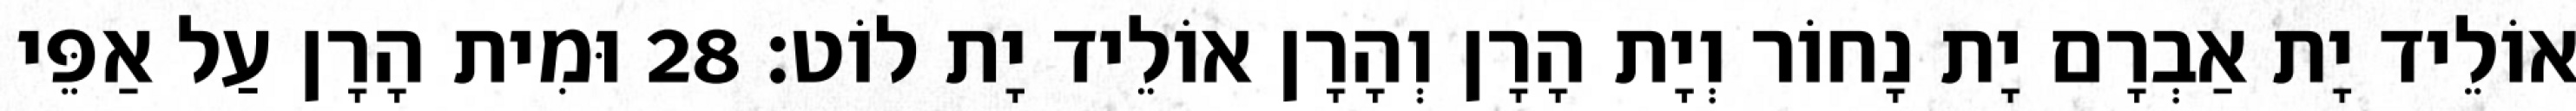
אוֹלֵיד יָת אַבְרָם יָת נָחוֹר וְיָת הָרָן וְהָרָן אוֹלֵיד יָת לוֹט׃ 28 וּמִית הָרָן עַל אַפֵּי